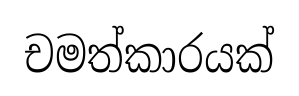
චමත්කාරයක්